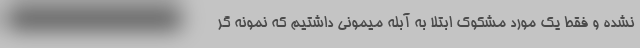
نشده و فقط یک مورد مشکوک ابتلا به آبله میمونی داشتیم که نمونه‌ گر